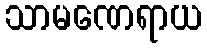
သာမဏေရာယ